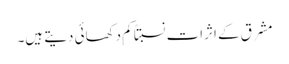
مشرق کے اثرات نسبتاً کم دکھائی دیتے ہیں۔